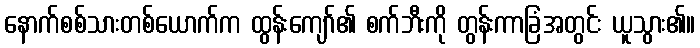
နောက်စစ်သားတစ်ယောက်က ထွန်းကျော်၏ စက်ဘီးကို တွန်းကာခြံအတွင်း ယူသွား၏။